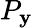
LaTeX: P_{\mathbf{y}}